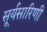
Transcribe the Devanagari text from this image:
सूर्यसारिणी